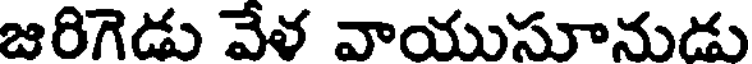
జరిగెడు వేళ వాయుసూనుడు